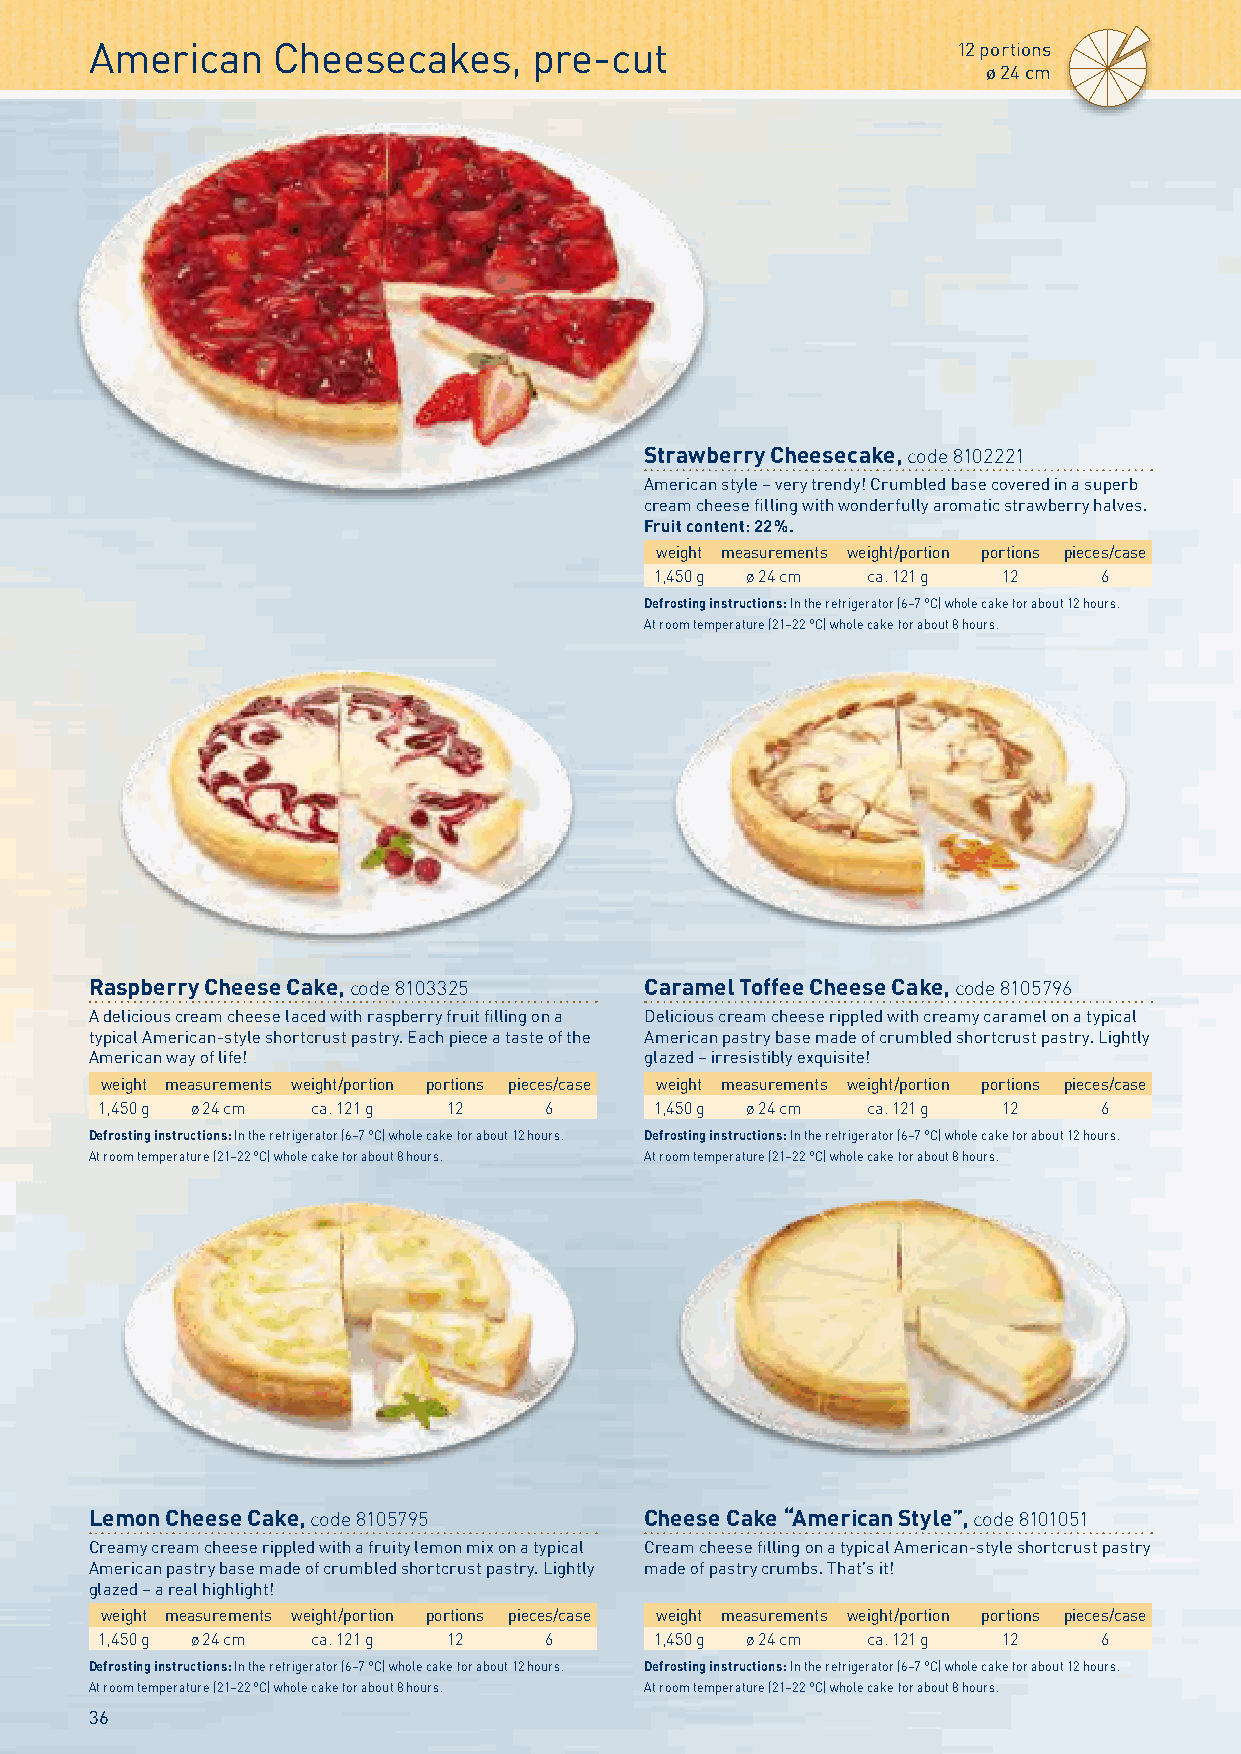
American    Cheesecakes,     pre-cut                     12 portions
 ø 24 cm
 Strawberry Cheesecake, code 8102221
 American style – very trendy! Crumbled base covered in a superb
 cream cheese filling with wonderfully aromatic strawberry halves.
 Fruit content: 22 %.
 weight measurements weight/portion portions pieces/case
 1,450 g ø 24 cm ca. 121 g 12  6
 Defrosting instructions: In the refrigerator (6–7 °C) whole cake for about 12 hours.
 At room temperature (21–22 °C) whole cake for about 8 hours.
 Raspberry Cheese Cake, code 8103325  Caramel Toffee Cheese Cake, code 8105796
 A delicious cream cheese laced with raspberry fruit filling on a Delicious cream cheese rippled with creamy caramel on a typical
 typical American-style shortcrust pastry. Each piece a taste of the American pastry base made of crumbled shortcrust pastry. Lightly
 American way of life!                glazed – irresistibly exquisite!
 weight measurements weight/portion portions pieces/case weight measurements weight/portion portions pieces/case
 1,450 g ø 24 cm ca. 121 g 12 6      1,450 g ø 24 cm ca. 121 g 12  6
 Defrosting instructions: In the refrigerator (6–7 °C) whole cake for about 12 hours. Defrosting instructions: In the refrigerator (6–7 °C) whole cake for about 12 hours.
 At room temperature (21–22 °C) whole cake for about 8 hours. At room temperature (21–22 °C) whole cake for about 8 hours.
 Lemon Cheese Cake, code 8105795      Cheese Cake “American Style”, code 8101051
 Creamy cream cheese rippled with a fruity lemon mix on a typical Cream cheese filling on a typical American-style shortcrust pastry
 American pastry base made of crumbled shortcrust pastry. Lightly made of pastry crumbs. That’s it!
 glazed – a real highlight!
 weight measurements weight/portion portions pieces/case weight measurements weight/portion portions pieces/case
 1,450 g ø 24 cm ca. 121 g 12 6      1,450 g ø 24 cm ca. 121 g 12  6
 Defrosting instructions: In the refrigerator (6–7 °C) whole cake for about 12 hours. Defrosting instructions: In the refrigerator (6–7 °C) whole cake for about 12 hours.
 At room temperature (21–22 °C) whole cake for about 8 hours. At room temperature (21–22 °C) whole cake for about 8 hours.
 36